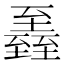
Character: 𦥏